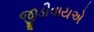
જીડીવાયએ